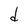
Character: d